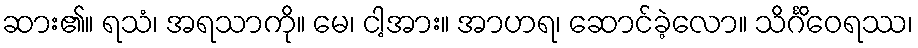
ဆား၏။ ရသံ၊ အရသာကို။ မေ၊ ငါ့အား။ အာဟရ၊ ဆောင်ခဲ့လော။ သိင်္ဂိဝေရဿ၊